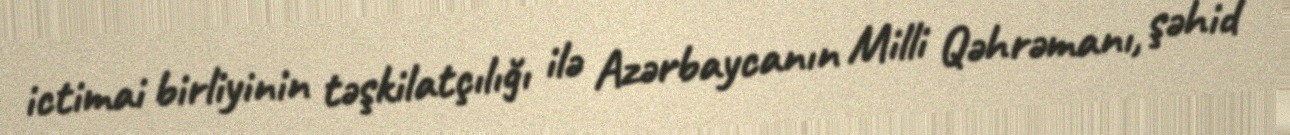
ictimai birliyinin təşkilatçılığı ilə Azərbaycanın Milli Qəhrəmanı, şəhid